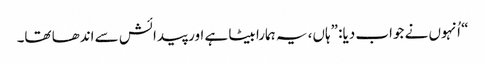
‏“‏ اُنہوں نے جواب دیا:‏ ”‏ہاں،‏ یہ ہمارا بیٹا ہے اور پیدائش سے اندھا تھا۔